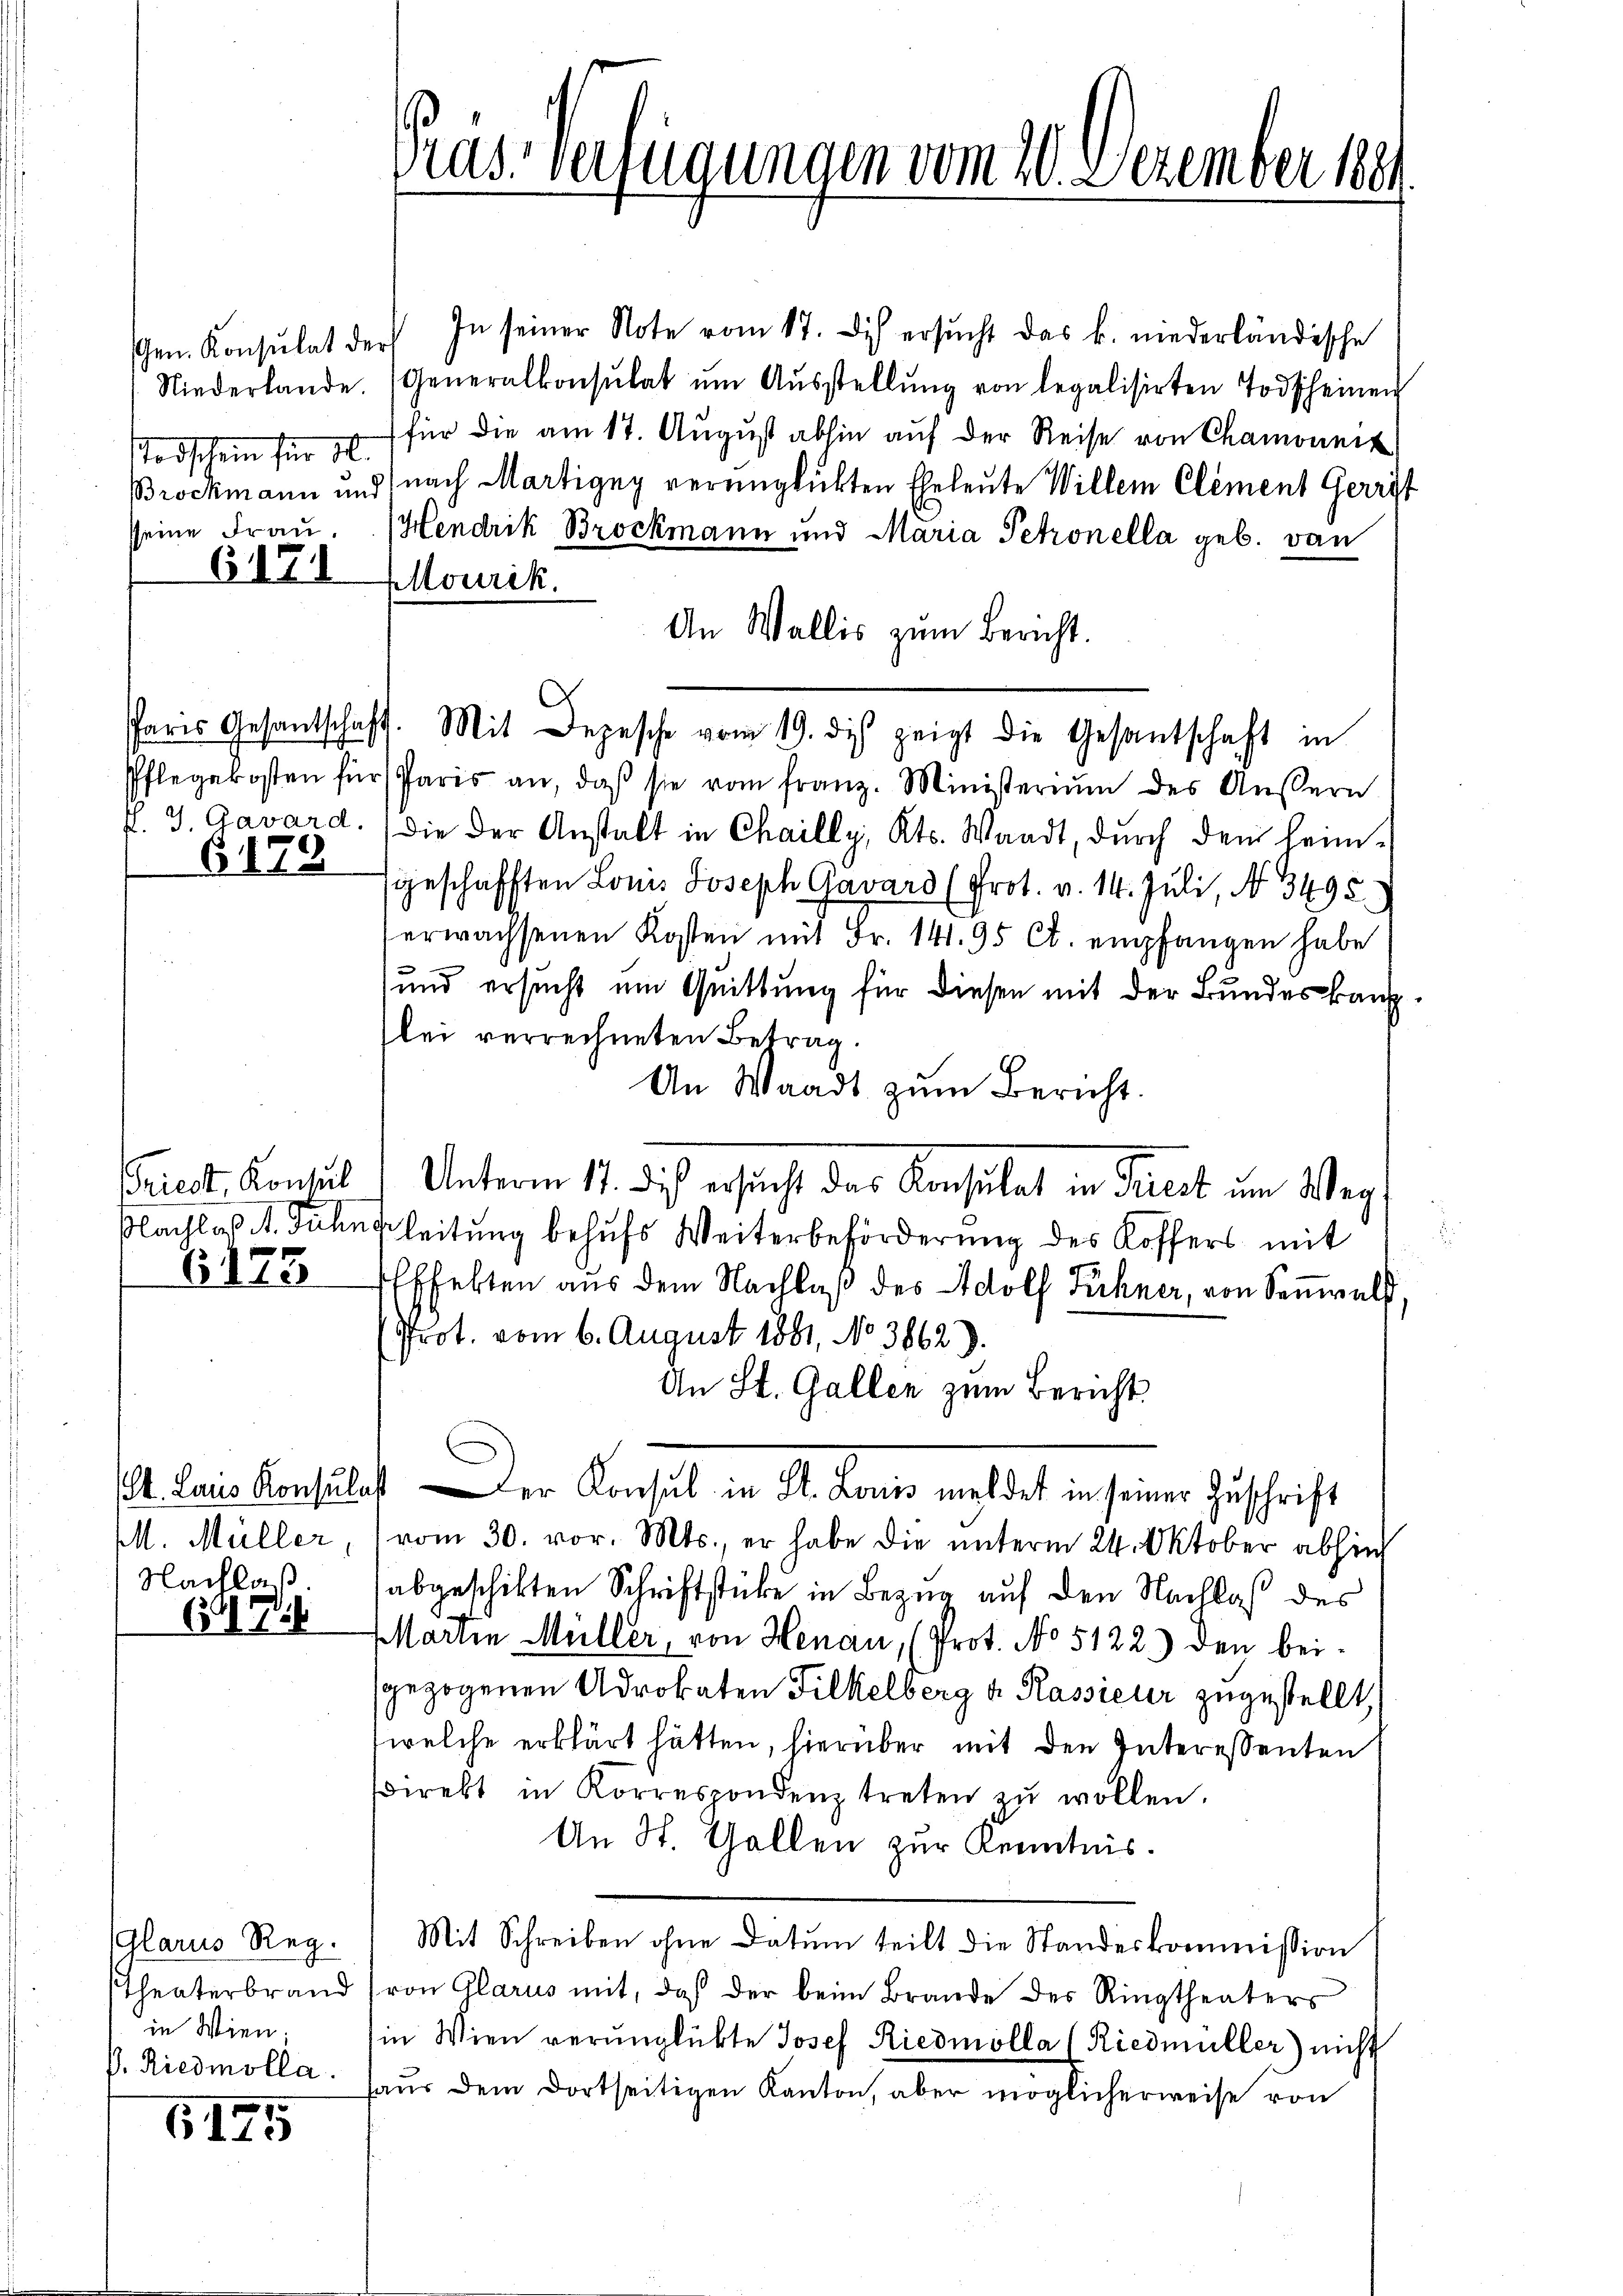
Gen. Konsulat de
Niederlande.
Todschein für St.
sseine Frau.

6173

6

6175

6171

Pflegekosten für
. J. Gavard.

6179

Triest. Konsul
Flachlaß d. Jahn

(St. Laus Konsula
M. Müller,
Nachlaß

.

Glarus Reg.
Theaterbrand
in Wien.
P. Riedmolla

Präs. Verfügungen vom 10. Dezember 188

In seiner Note vom 17. Dich ersucht das k. niederländische
r
(Generalkonsulat ŭm Aŭsstellŭng von legalisirten Todscheinen
(für die am 17. August abhin auf der Reise von Chamonnit
Brockmann und nach Martigny verunglückten Eheleute Willem Clement Gerrit
Hendrik Brockmann und Maria Petronella geb. von
llourik.
An Wallis zum Bericht.
Paris Gesantschaft. Mit Depesche vom 19. des zeigt die Gesantschaft in
Paris an, daß sie vom franz. Ministerium des Äussern
die der Anstalt in Chailly, Kts. Waadt, dŭrch dem heim-
sgeschafften Louis Joseph Gavars (Prot. v. 14. Juli, N. 3495.
erwachsenen Kosten mit Fr. 141. 95 Ct. empfangen habe
und ersucht im Quittung für diesen mit der Bundeskanzlei verrechneten Betrag.
An Waadt zum Bericht.
Unterm 17. daß ersucht das Konsulat in Freit um Weg,
Leitung behufs Weiterbeförderung des Koffers mit
Effekten aus dem Nachlaβ des Adolf Fühner, von Sonnels,
Prot. vom 6. August 1881, No 3862).
An St. Gallen zum Bericht
.Der Anseil in St. Jenne meldet in seiner Zuschrift
vom 30. vor. Mts., er habe die unterm 24. Oktober abhin
abgeschikten Schriftstücke in Bezug auf den Nachlaß des
Martin Müller, von Henau, (Prot. No 5122) den beisgezogenen Advokaten Filkelberg d. Rassieur zugestellt,
welche erklärt hätten, hierüber mit den Interessenten
sdirekt in Korrespondenz treten zŭ wollen.
An St. Gallen zur Kenntnis.
Mit Schreiben ohne Datum teilt die Standeskommission
von Glarus mit, daß der beim Brande des Ringtheaters
in Wien verŭnglükte Josef Riedmolla (Riedmüller) nicht
aŭs dem dortseitigen Kanton, aber möglicherweise von